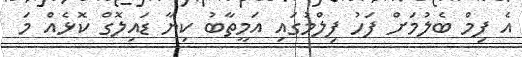
އެ ފިމް ބެލުމަށް ފަހު ފިލްމުގައި އަމީތާބު ކިޔާ ޑައިލޮގް ކޮޅެއް މަ